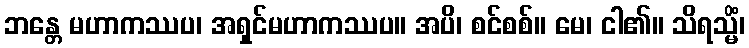
ဘန္တေ မဟာကဿပ၊ အရှင်မဟာကဿပ။ အပိ၊ စင်စစ်။ မေ၊ ငါ၏။ သိရသ္မိံ၊